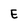
Character: E